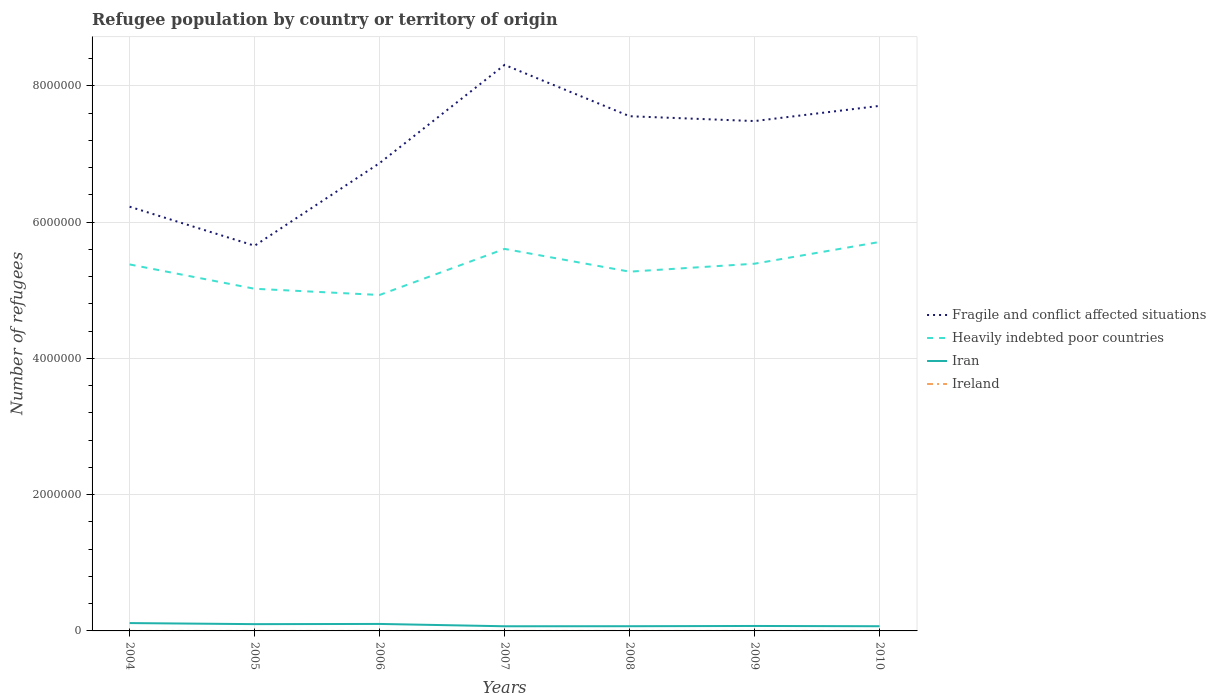
| Years | Fragile and conflict affected situations | Heavily indebted poor countries | Iran | Ireland |
 | --- | --- | --- | --- | --- |
 | 2004 | 6.23e+06 | 5.38e+06 | 1.15e+05 | 3 |
 | 2005 | 5.65e+06 | 5.02e+06 | 9.94e+04 | 21 |
 | 2006 | 6.87e+06 | 4.93e+06 | 1.02e+05 | 4 |
 | 2007 | 8.31e+06 | 5.61e+06 | 6.84e+04 | 10 |
 | 2008 | 7.56e+06 | 5.27e+06 | 6.91e+04 | 7 |
 | 2009 | 7.48e+06 | 5.39e+06 | 7.28e+04 | 7 |
 | 2010 | 7.71e+06 | 5.71e+06 | 6.88e+04 | 8 |